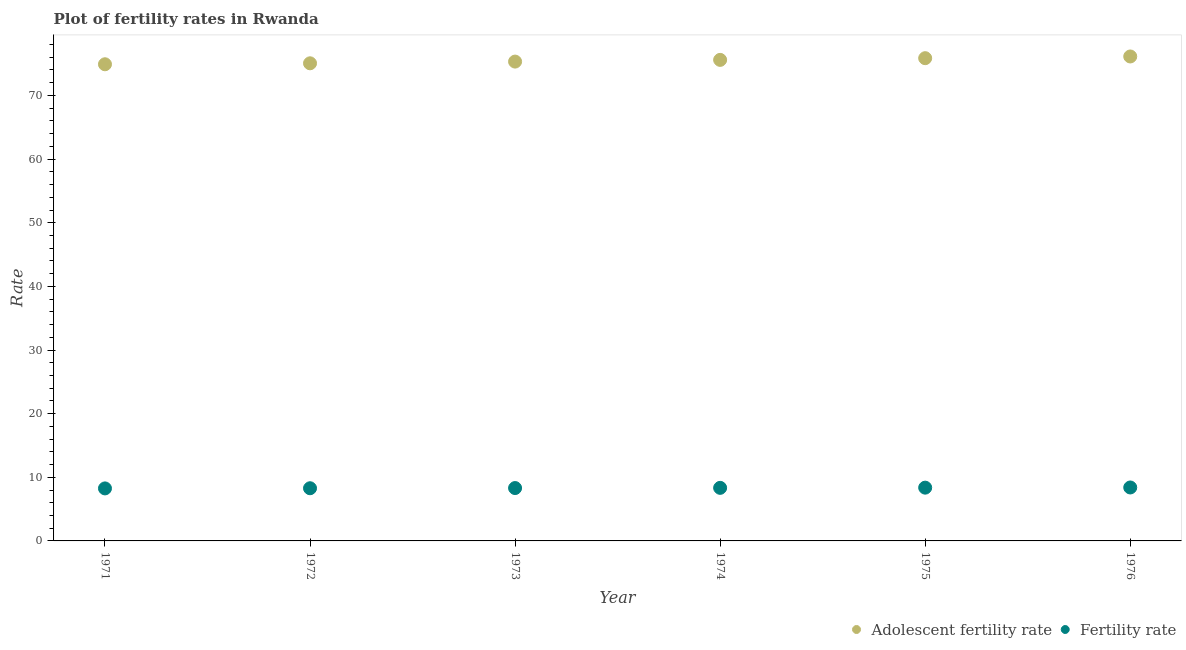
| Year | Adolescent fertility rate | Fertility rate |
 | --- | --- | --- |
 | 1971 | 74.9 | 8.25 |
 | 1972 | 75.1 | 8.28 |
 | 1973 | 75.3 | 8.31 |
 | 1974 | 75.6 | 8.34 |
 | 1975 | 75.9 | 8.37 |
 | 1976 | 76.1 | 8.4 |